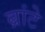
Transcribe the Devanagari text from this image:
ब्रांटे